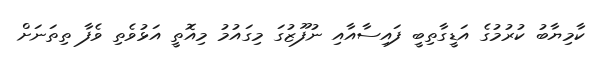
ކާމިޔާބު ކުރުމުގެ އަޑީގާތިބީ ފައިސާއާއި ނުފޫޒުގަ މިގައުމު މިއޮތީ އަޅުވެތި ވެފާ ތިތަނަށް